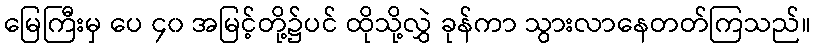
မြေကြီးမှ ပေ ၄၀ အမြင့်တို့၌ပင် ထိုသို့လွှဲ ခုန်ကာ သွားလာနေတတ်ကြသည်။